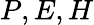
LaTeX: P,E,H